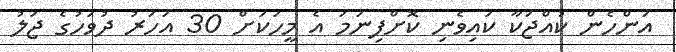
އަންހެން ކުއްޖަކާ ކައިވެނި ކޮށްފިނަމަ އެ މީހަކަށް 30 އަހަރު ދުވަހުގެ ޖަލު